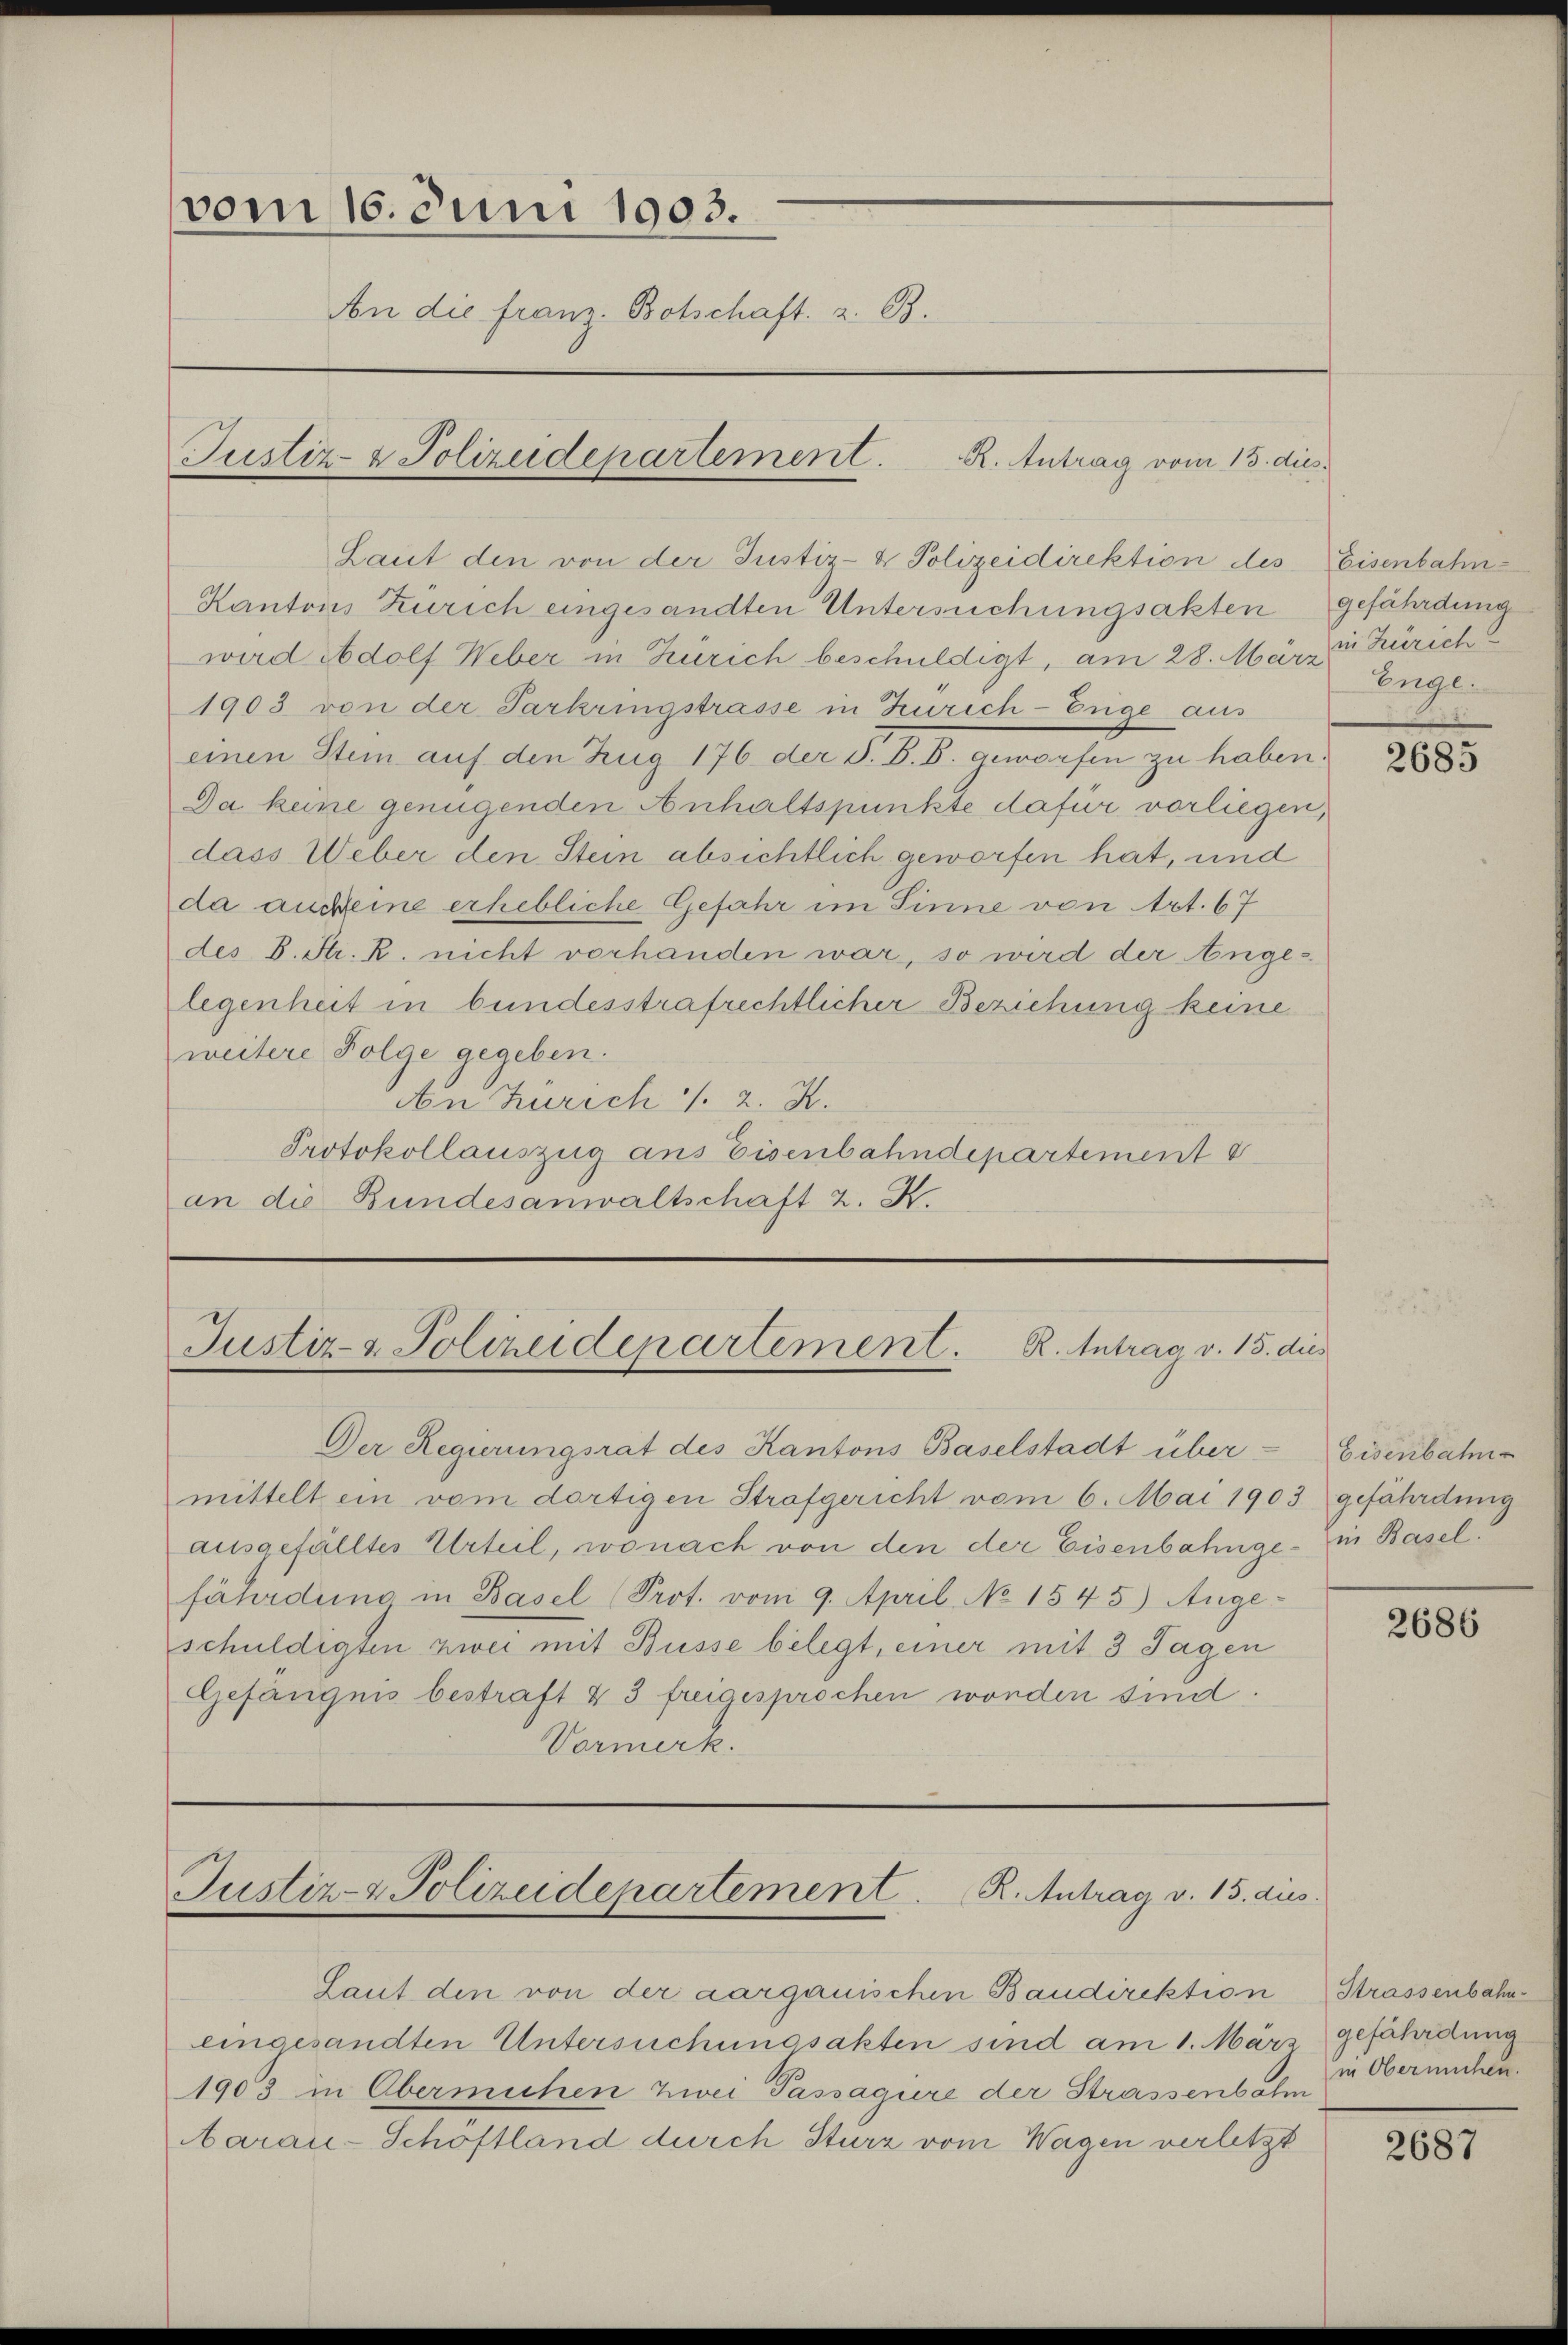
vom 16. Juni 1903.
An die franz. Botschaft z. B.

Laut den von der Justiz- & Polizeidirektion des Eisenbahn-
Kantons Zürich eingesandten Untersuchungsakten gefährdung
wird Adolf Weber in Zürich beschuldigt, am 28. März v. Zürich
1903 von der Parkringstrasse in Zürich-Erige aus
einen Stein auf den Zug 176 der d. B. B. geworfen zu haben.
Da keine genügenden Anhaltspunkte dafür vorliegen,
dass Weber den Stein absichtlich geworfen hat, und
da aucheine erhebliche Gefahr im Sinne von Art. 67
des B. Str. R. nicht vorhanden war, so wird der Angelegenheit in bundesstrafrechtlicher Beziehung keine
weitere Folge gegeben.
An Zürich 1. 2. K.
Protokollauszug aus Eisenbahndepartement d
an die Bundesanwaltschaft z. K.

Justiz- & Polizeidepartement. R. Antrag vom 13. dies

Laut den von der aargauischen Baudirektion
eingesandten Untersuchungsakten sind am 1. März gefährdung
1903 in Obermühen Zwei Passagure der Strassenbahn
baran-Schöftland durch Sturz vom Wagen verletzt

Justiz- & Polizeidepartement. R. Antrag v. 15. dies

Der Regierungsrat des Kantons Baselstadt über-
mittelt ein vom dortigen Strafgericht vom 6. Mai 1903 gefährdung
ausgefälltes Urteil, wonach von den der Eisenbahnge- in Basel.
fährdung in Basel (Prot. vom 9. April No 1545) Ange-
schuldigten zwei mit Büsse belegt, einer mit 3 Tagen
Gefängnis bestraft & 3 freigesprochen worden sind.
Vormerk.

Justiz- & Polizeidepartement. R. Antrag v. 15. dies

Enge.

0

Eisenbahn

2686

Strassenbahn
in Obermachen.

201